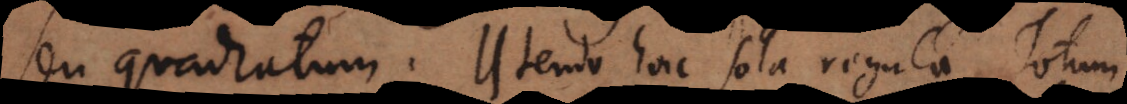
seu quadratum; utendo hac sola regula, Totum